Scottish Leaving Certificate Examination, 1956
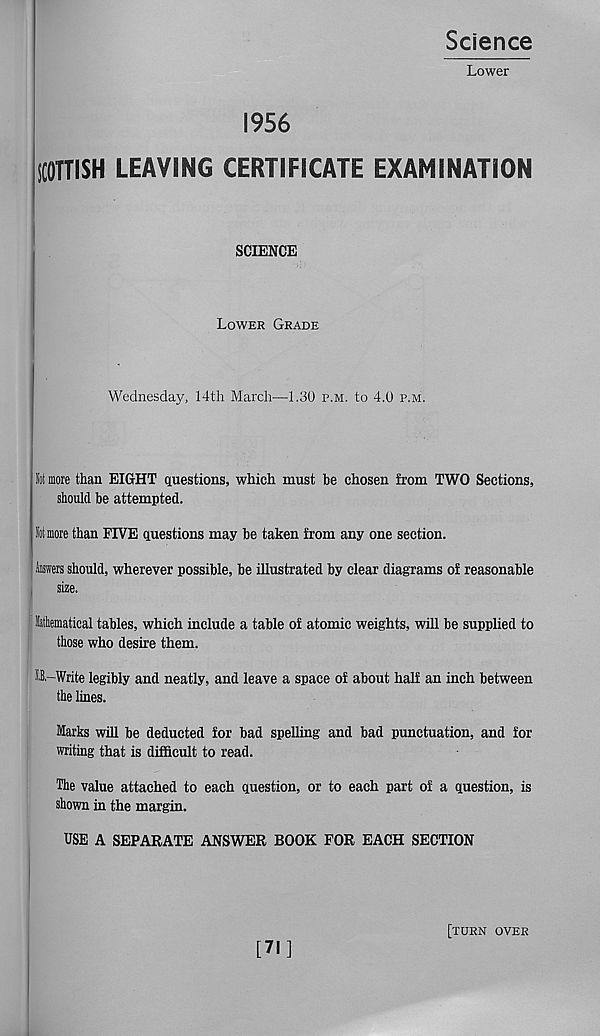
Science
Lower
1956
SCOTTISH LEAVING CERTIFICATE EXAMINATION
SCIENCE
Lower Grade
Wednesday, 14th March—1.30 p.m. to 4.0 p.m.
lot more than EIGHT questions, which must be chosen from TWO Sections,
should be attempted.
lot more than FIVE questions may be taken from any one section.
Answers should, wherever possible, be illustrated by clear diagrams of reasonable
size.
lathematical tables, which include a table of atomic weights, will be supplied to
those who desire them.
0,-Write legibly and neatly, and leave a space of about half an inch between
the lines.
larks will be deducted for bad spelling and bad punctuation, and for
writing that is difficult to read.
The value attached to each question, or to each part of a question, is
shown in the margin.
USE A SEPARATE ANSWER BOOK FOR EACH SECTION
[71]
[turn over